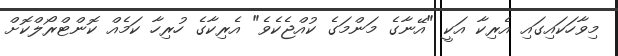
މިވާހަކައިގައި އެރިކާ އަކީ "އޭނާގެ މަންމަގެ ކުއްޖެކެވެ" އެރިކާގެ ހުރިހާ ކަމެއް ކޮންޓްރޯލްކޮށް